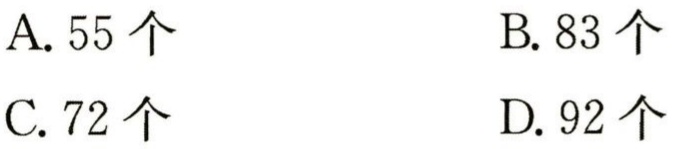
A. 55 个

B. 83 个

C. 72 个

D. 92 个